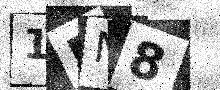
Text: 1EN8